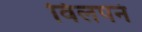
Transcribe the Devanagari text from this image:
विलपनं